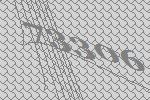
73306